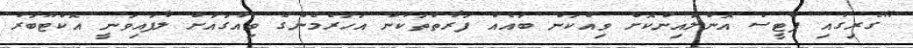
"ގެރިގުއި ޕެޓީސް އޮންލައިންކޮށް ވިއްކަން ބައެއް ފަރާތްތަކުން އަހަރެމެންގެ ވިއުގައަށް ލާފައިވަނީ އޮކްޓޫބަރު